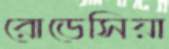
রোডেসিয়া